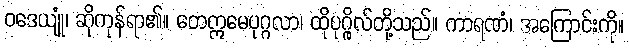
ဝဒေယျုံ၊ ဆိုကုန်ရာ၏။ တေဣမေပုဂ္ဂလာ၊ ထိုပုဂ္ဂိုလ်တို့သည်။ ကာရဏံ၊ အကြောင်းကို။